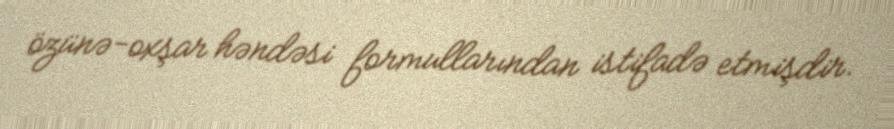
özünə-oxşar həndəsi formullarından istifadə etmişdir.